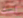
لست